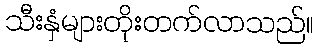
သီးနှံများတိုးတက်လာသည်။